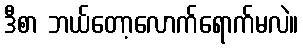
ဒီစာ ဘယ်တော့လောက်ရောက်မလဲ။